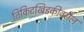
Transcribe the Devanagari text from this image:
तिकिटखिडकीवरील